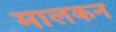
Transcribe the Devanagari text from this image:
मालकन